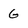
Character: G